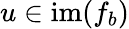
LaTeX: u\in\mathrm{im}(f_{b})